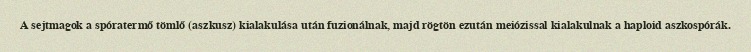
A sejtmagok a spóratermő tömlő (aszkusz) kialakulása után fuzionálnak, majd rögtön ezután meiózissal kialakulnak a haploid aszkospórák.